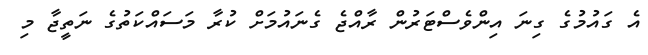
އެ ގައުމުގެ ގިނަ އިންވެސްޓަރުން ރާއްޖެ ގެނައުމަށް ކުރާ މަސައްކަތުގެ ނަތީޖާ މި